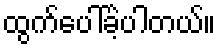
ထွက်ပေါ်ခဲ့ပါတယ်။